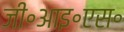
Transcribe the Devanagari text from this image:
जी॰आइ॰एस॰